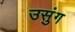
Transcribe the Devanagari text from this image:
उसुंग